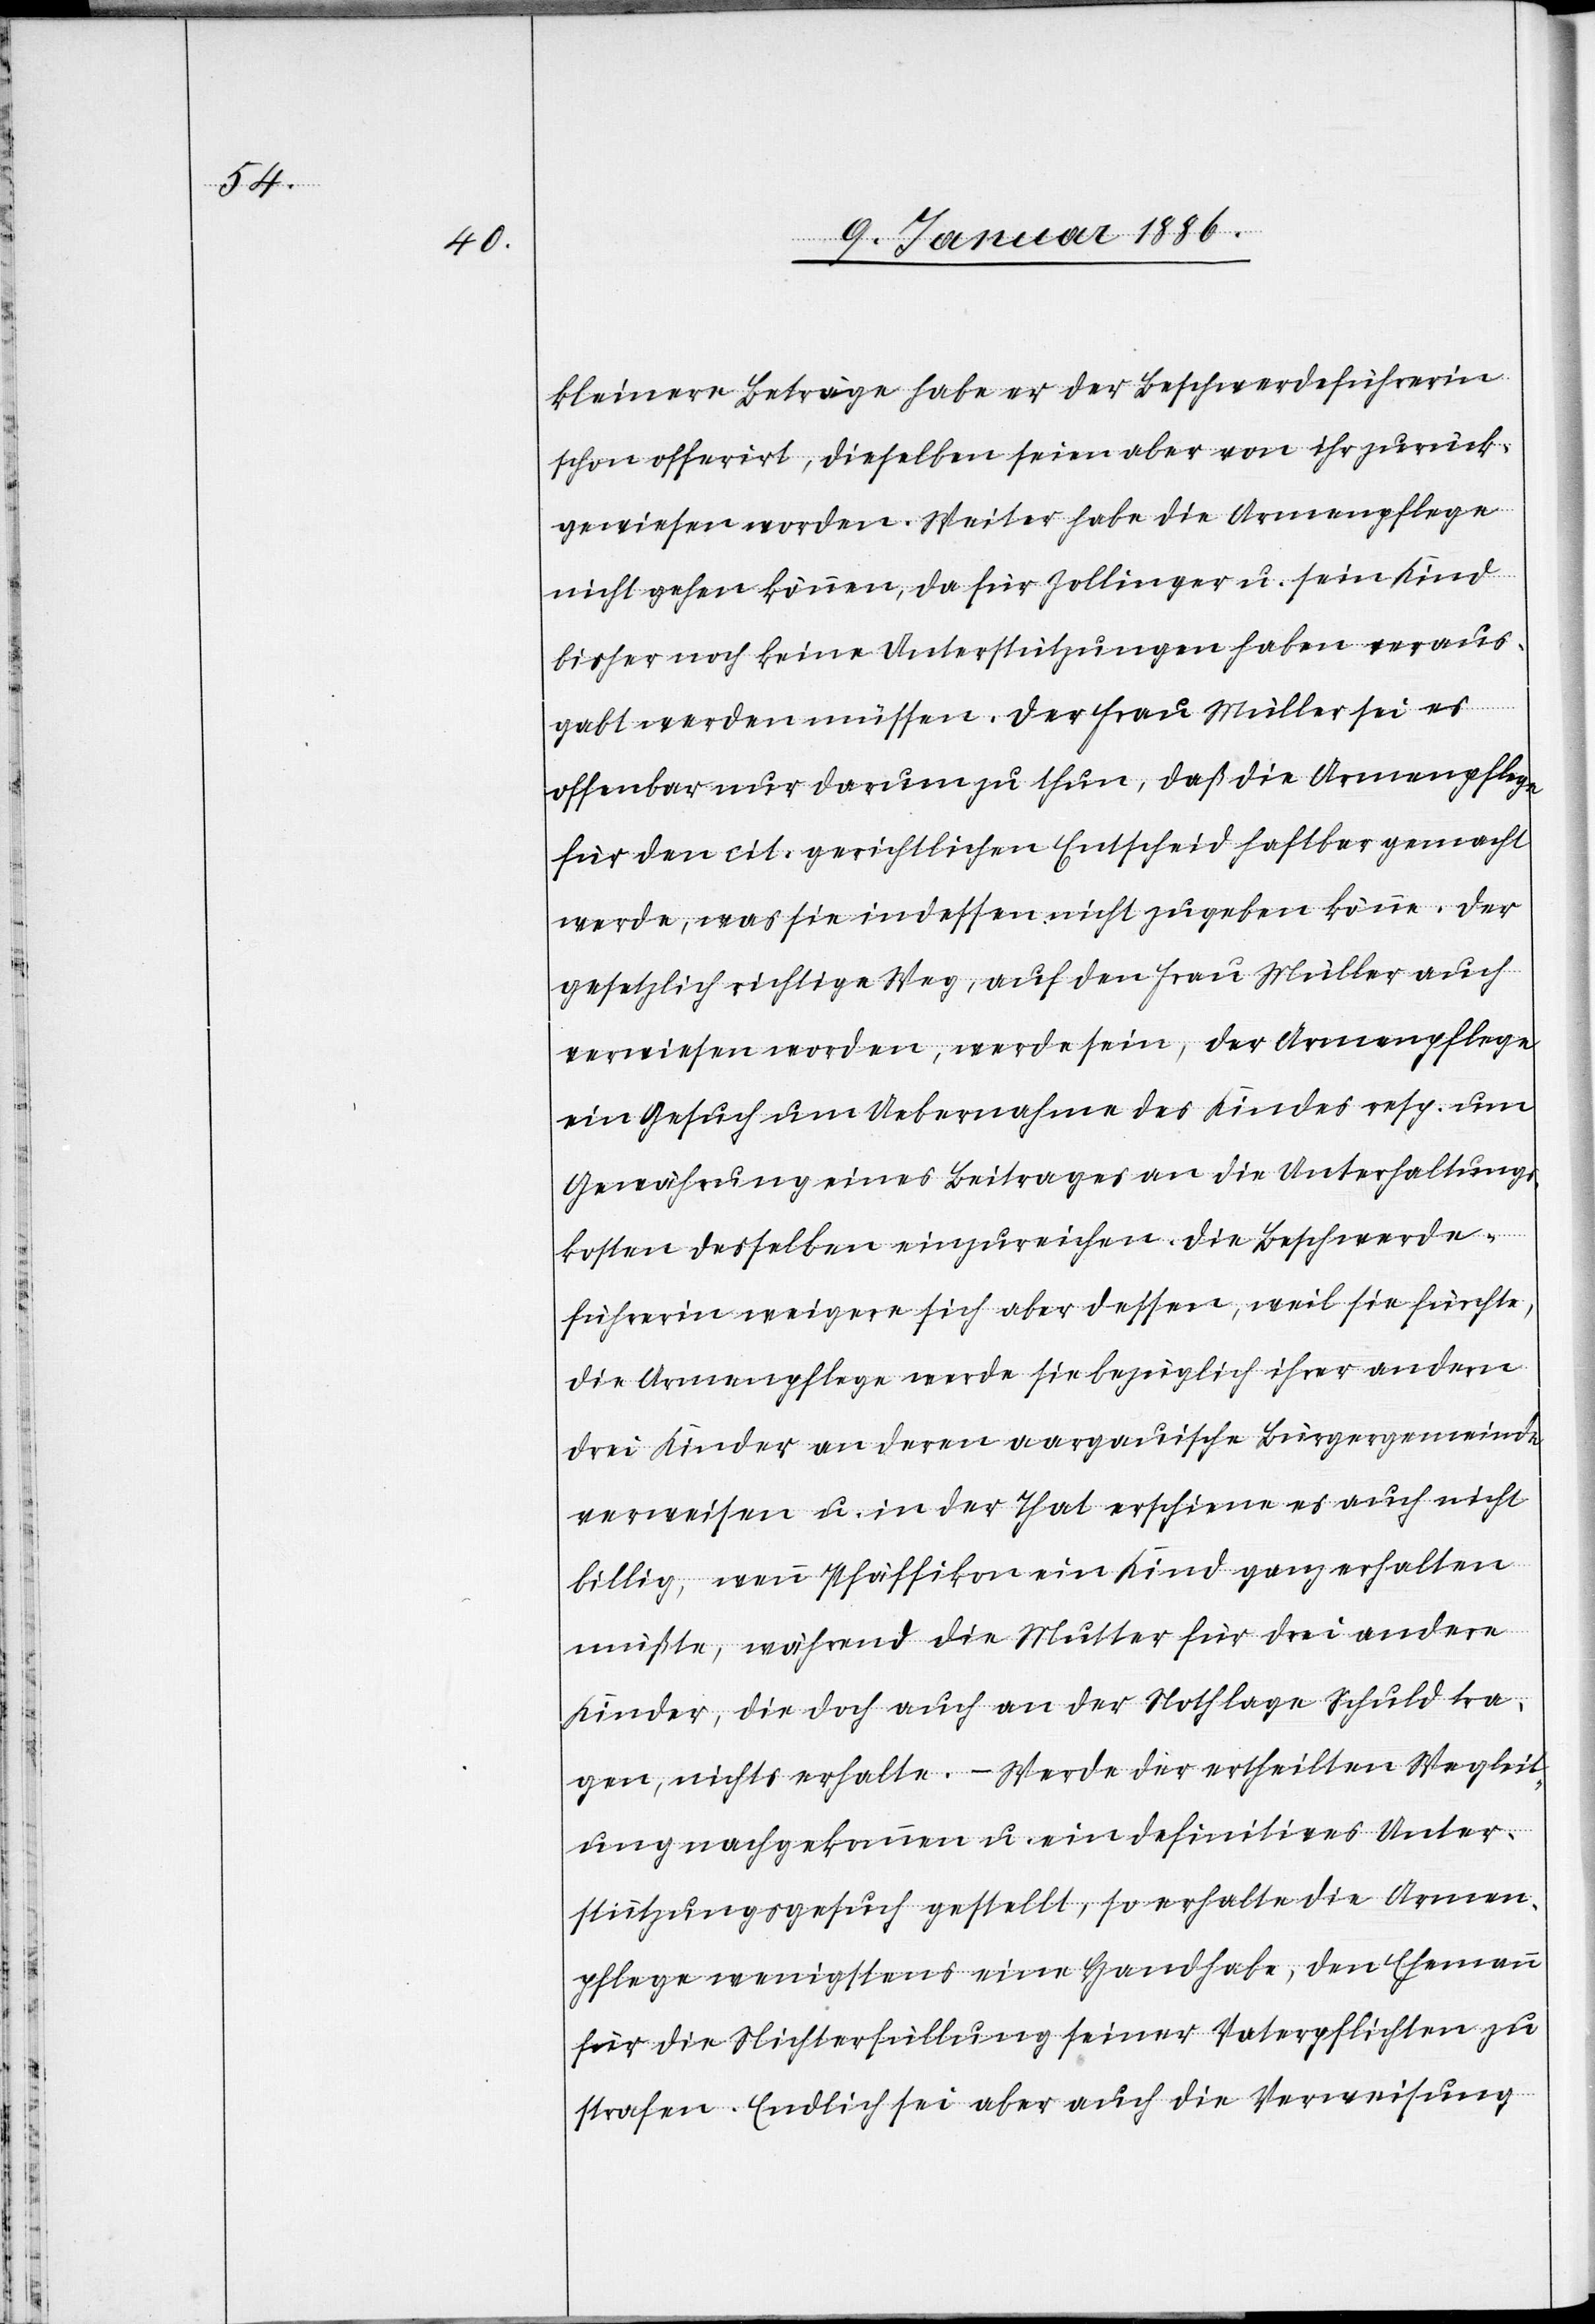
kleinere Beträge habe er der Beschwerdeführerin
schon offerirt, dieselbe seien aber von ihr zurück¬
gewiesen worden. Weiter habe die Armenpflege
nicht gehen können, da für Zollinger u. sein Kund
bisher noch keine Unterstützungen haben veraus¬
gabt werden müssen. Der Frau Müller sei es
offenbar nur darum zu thun, daß die Armenpflege
für den cit. gerichtlichen Entscheid haftbar gemacht
werde, was sie indessen nicht zugeben könne. Der
gesetzlich richtige Weg, auf den Frau Müller auch
verwiesen worden, werde sein, der Armenpflege
ein Gesuch um Uebernahme des Kindes resp. um
Gewährung eines Beitrages an die Unterhaltungs¬
kosten desselben einzureichen. Die Beschwerde¬
führerin weigere sich aber dessen, weil sie fürchte,
die Armenpflege werde sie bezüglich ihrer andern
drei Kinder an deren aargauische Bürgergemeinde
verweisen u. in der That erscheine es auch nicht
billig, wenn Pfäffikon ein Kind ganz erhalten
müßte, während die Mutter für drei andere
Kinder, die doch auch an der Nothlage Schuld tra¬
gen, nichts erhalte. – Werde der ertheilten Wegleit¬
ung nachgekommen u. ein definitives Unter¬
stützungsgesuch gestellt, so erhalte die Armen¬
pflege wenigstens eine Handhabe, den Ehemann
für die Nichterfüllung seiner Vaterpflichten zu
strafen. Endlich sei aber auch die Verweisung